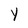
Character: Y